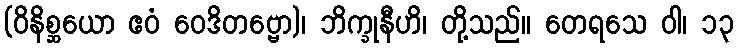
(ဝိနိစ္ဆယော ဧဝံ ဝေဒိတဗ္ဗော)၊ ဘိက္ခုနီဟိ၊ တို့သည်။ တေရသေ ဝါ၊ ၁၃